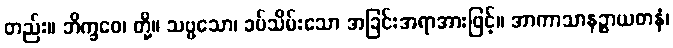
တည်း။ ဘိက္ခဝေ၊ တို့။ သဗ္ဗသော၊ ခပ်သိမ်းသော အခြင်းအရာအားဖြင့်။ အာကာသာနဉ္စာယတနံ၊